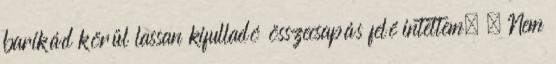
barikád körül lassan kifulladó összecsapás felé intettem. – Nem